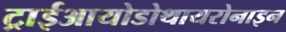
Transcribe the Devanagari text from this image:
ट्राईआयोडोथायरोनाइन